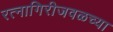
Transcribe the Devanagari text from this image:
रत्नागिरीजवळच्या